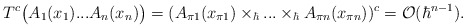
\begin{align*}T^c\bigl(A_1(x_1)...A_n(x_n)\bigr)=(A_{\pi 1}(x_{\pi 1})\times_\hbar...\times_\hbar A_{\pi n}(x_{\pi n}))^c={\cal O}(\hbar^{n-1}).\end{align*}